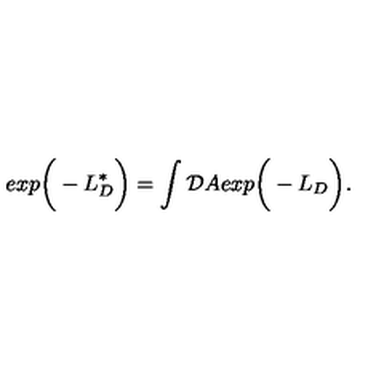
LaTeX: e x p \bigg ( - L _ { D } ^ { * } \bigg ) = \int { \cal D } A e x p \bigg ( - L _ { D } \bigg ) .